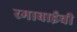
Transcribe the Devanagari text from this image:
रमाबाईची